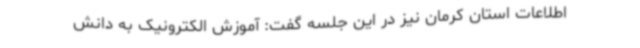
اطلاعات استان کرمان نیز در این جلسه گفت: آموزش الکترونیک به دانش